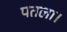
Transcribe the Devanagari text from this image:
पतला।